Report on vaccination in Madras 1904-1921 - 1904-1921
Year: 1904
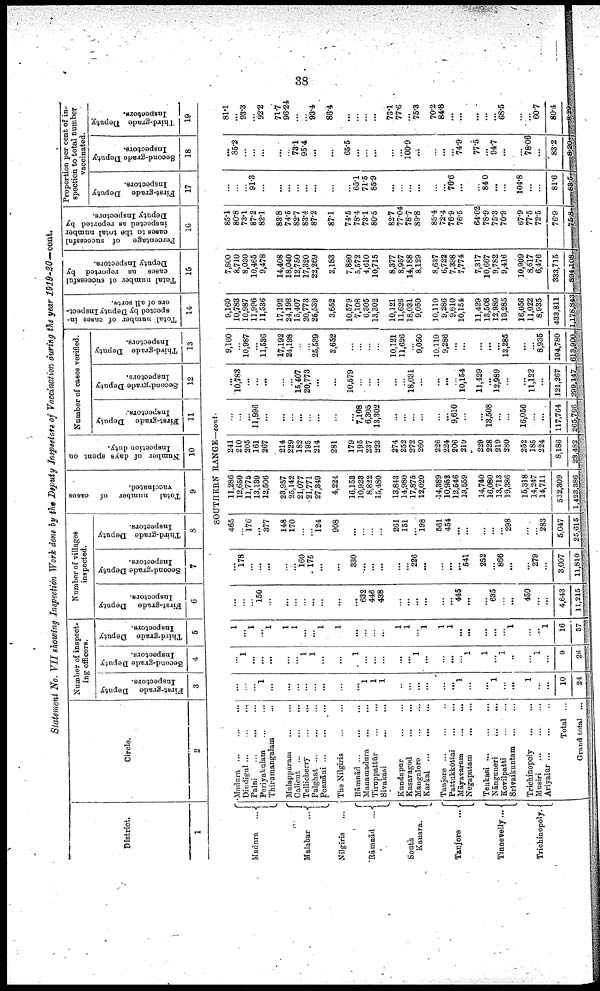
38
Statement No. VII showing Inspection Work done by the Deputy Inspectors of Vaccination during the year 1919-20—cont.
District.
1
Circle.
2
Number of inspect
ing officers.
First-grade Deputy
Inspectors.
3
Second-grade Deputy
Inspectors.
4
Third-grade Deputy
Inspectors.
5
Number of villages
inspected.
First-grade Deputy
Inspectors.
6
Second-grade Deputy
Inspectors.
7
Third-grade Deputy
Inspectors.
8
Total number of cases
vaccinated.
9
Number of days spent on
Inspection duty.
10
Number of cases verified.
First-grade Deputy
Inspectors.
11
Second-grade Deputy
Inspectors.
12
Third-grade Deputy
Inspectors.
13
Total number of cases in
spected by Deputy Inspect
ors of all sorts.
14
Total number of successful
cases as reported by
Deputy Inspectors.
15
Percentage of successful
cases to the total number
inspected as reported by
Deputy Inspectors.
16
Proportion per cent of in
spection to total number
vaccinated.
First-grade Deputy
Inspectors.
17
Second-grade Deputy
Inspectors.
18
Third-grade Deputy
Inspectors.
19
SOUTHERN RANGE--cont-
Madura
...
Malabar ...
Nilgiris...
Rāmnād ...
South
Kanara.
Tanjore
...
Tinnevelly...
Trichinopoly.
Madura ...
...
...
Dindigul...
...
...
Palni...
...
...
Periyakulam... ... ...
Thirumangalam... ...
Malapuram... ... ...
Calicut... ... ...
Tellicherry...
...
...
Palghat...
...
...
Ponnāni ...
...
...
The Nilgiris... ...
Rāmnād... ... ...
Manamadura... ... ... ...
Tiruppattūr... ...
...
Sivakasi... ...
Kandapur... ... . . .
Kasaragod...
...
...
Mangalore... ... ... ...
Karkal...
...
...
Tanjore... ... ... ...
Pattukkōttai... ... ... ...
Māyavaram... ...
... ...
Negapatam... ...
...
Tenkasi... ... ...
Nānguneri... ...
...
Kovilpatti... ...
...
Srivaikuntam... ... ...
Trichinopoly... . . . ...
Musiri... ... ...
Ariyalūr... ...
Total ...
Grand total ...
...
...
...
1
...
...
...
...
...
...
...
...
1
1
1
...
...
...
...
...
...
1
...
...
1
...
...
1
...
...
10
24
...
1
...
...
...
...
...
1
1
...
...
1
...
...
...
...
...
1
...
...
...
...
1
1
...
1
...
...
1
...
9
26
1
...
1
...
1
1
1
...
...
1
1
...
...
...
...
1
1
...
1
1
1
...
...
...
...
...
1
...
...
1
16
57
...
...
...
150
...
...
...
...
...
...
...
...
632
446
438
...
...
...
...
...
...
445
...
...
635
...
...
450
...
...
4,643
11,215
...
178
...
...
...
...
...
160
175
...
...
330
...
...
...
...
...
226
...
...
...
...
541
252
...
866
...
...
279
...
3,007
11,810
465
...
176
...
377
148
170
...
...
124
908
...
...
...
...
261
151
...
198
561
454
...
...
...
...
...
298
...
...
283
5,047
25,615
11,286
12,650
11,775
13,139
12,506
23,957
25,142
21,077
21,771
27,349
4,224
16,153
10,923
8,822
15,480
13,843
14,980
17,875
12,020
14,389
10,952
12,546
18,559
14,740
16,080
13,713
19,386
15,318
14,247
14,711
532,309
1,423,386
241
210
205
161
267
214
229
182
195
214
281
179
195
237
223
274
252
272
260
226
224
206
219
229
228
219
280
252
185
224
8,186
23,482
...
...
...
11,996
...
...
...
...
...
...
...
...
7,108
6,305
13,302
...
...
...
...
...
...
9,610
...
...
18,508
...
...
16,056
...
...
117,764
265,796
...
10,783
...
...
...
...
...
15,407
20,773
...
...
10,579
...
...
...
...
...
18,031
...
...
...
...
10,154
11,429
...
12,989
...
...
11,122
...
121,267
299,147
9,160
...
10,987
...
11,536
17,192
24,198
...
...
25,539
3,652
...
...
...
...
10,121
11,626
...
9,050
10,110
9,286
...
...
...
...
...
13,285
...
...
8,935
194,780
613,900
9,160
10,783
10,987
11,996
11,536
17,192
24,198
15,407
20,773
25,539
3,652
10,579
7,108
6,305
13,302
10,121
11,626
18,031
9,050
10,110
9,286
9,610
10,154
11,429
13,508
12,989
13,285
16,056
11,022
8,935
433,811
1,178,843
7,800
8,710
8,030
10,465
9,478
14,408
18,040
12,750
17,320
22,269
3,183
7,880
5,572
4,610
10,715
8,377
8,957
14,188
8,129
8,637
6,722
7,398
7,774
7,317
10,667
9,782
9,416
10,909
8,617
6,476
333,715
894,108
85.1
80.8
73.1
87.2
82.1
83.8
74.5
82.7
83.4
87.2
87.1
74.5
78.4
73.1
80.5
82.7
77.04
78.7
89.8
85.4
72.4
76.9
76.5
64.02
78.9
75.3
70.9
67.9
77.5
72.5
76.9
75.8
...
...
...
91.3
...
...
...
...
...
...
....
...
65.1
71.5
85.9
...
...
...
...
...
...
76.6
...
...
84.0
...
...
104.8
...
...
81.6
83.6
...
85.2
...
...
...
...
...
73.1
95.4
...
...
65.5
...
...
...
...
...
100.9
...
...
...
...
74.9
77.5
...
94.7
...
...
78.06
...
83.2
8.20
81.1
...
93.3
...
92.2
71.7
96.24
...
...
93.4
86.4
...
...
...
...
73.1
77.6
...
75.3
70.2
84.8
...
...
...
...
...
68.5
...
...
60.7
80.4
8.29